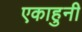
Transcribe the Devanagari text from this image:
एकाहुनी